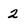
Character: 2